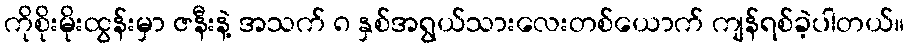
ကိုစိုးမိုးထွန်းမှာ ဇနီးနဲ့ အသက် ၈ နှစ်အရွယ်သားလေးတစ်ယောက် ကျန်ရစ်ခဲ့ပါတယ်။